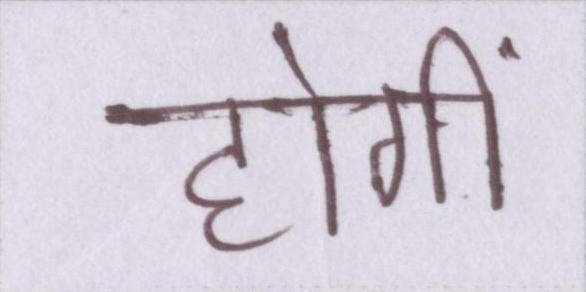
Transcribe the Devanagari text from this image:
होंगीं